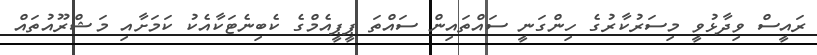
ރައީސް ވިދާޅުވީ މިސަރުކާރުގެ ހިންގަނީ ސައްތައިން ސައްތަ ޕީޕީއެމްގެ ކެބިނެޓަކާއެކު ކަމަށާއި މަޝްރޫއުތައް